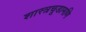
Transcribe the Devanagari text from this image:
शास्त्रचूडामणि